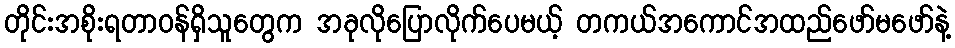
တိုင်းအစိုးရတာဝန်ရှိသူတွေက အခုလိုပြောလိုက်ပေမယ့် တကယ်အကောင်အထည်ဖော်မဖော်နဲ့